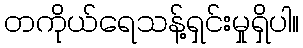
တကိုယ်ရေသန့်ရှင်းမှုရှိပါ။